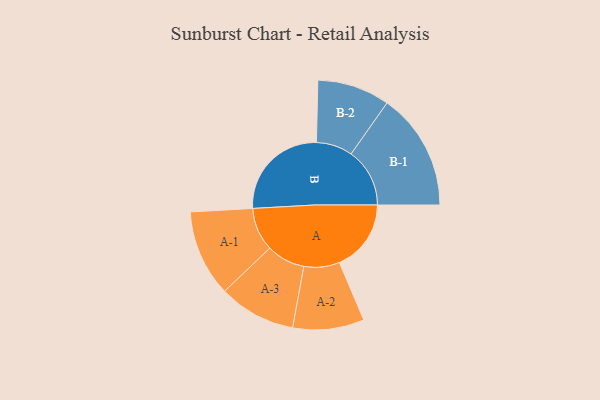
{"axis": {"x": "Segment", "y": "Value"}, "legend": ["", "A", "B"], "data": [{"x": "A", "y": 346, "type": ""}, {"x": "B", "y": 488, "type": ""}, {"x": "A-1", "y": 209, "type": "A"}, {"x": "A-2", "y": 172, "type": "A"}, {"x": "A-3", "y": 186, "type": "A"}, {"x": "B-1", "y": 283, "type": "B"}, {"x": "B-2", "y": 175, "type": "B"}]}